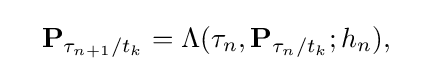
\quad \mathbf {P} _{\tau _{n+1}/t_{k}}=\Lambda (\tau _{n},\mathbf {P} _{\tau _{n}/t_{k}};h_{n}),\quad